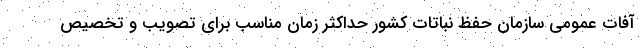
آفات عمومی سازمان حفظ نباتات کشور حداکثر زمان مناسب برای تصویب و تخصیص